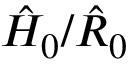
\hat { H } _ { 0 } / \hat { R } _ { 0 }